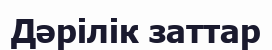
Дәрілік заттар